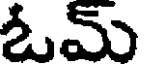
ఓమ్